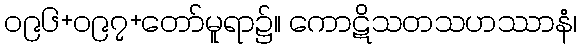
၀၉၆+၀၉၇+တော်မူရာ၌။ ကောဋိသတသဟဿာနံ၊